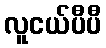
လူငယ်ပီပီ